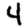
Digit: 4